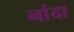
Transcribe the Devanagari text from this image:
नांदा